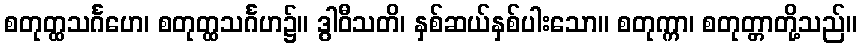
စတုတ္ထသင်္ဂဟေ၊ စတုတ္ထသင်္ဂဟ၌။ ဒွါဝီသတိ၊ နှစ်ဆယ်နှစ်ပါးသော။ စတုက္ကာ၊ စတုတ္တာတို့သည်။